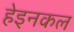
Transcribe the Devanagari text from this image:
हेइनकल